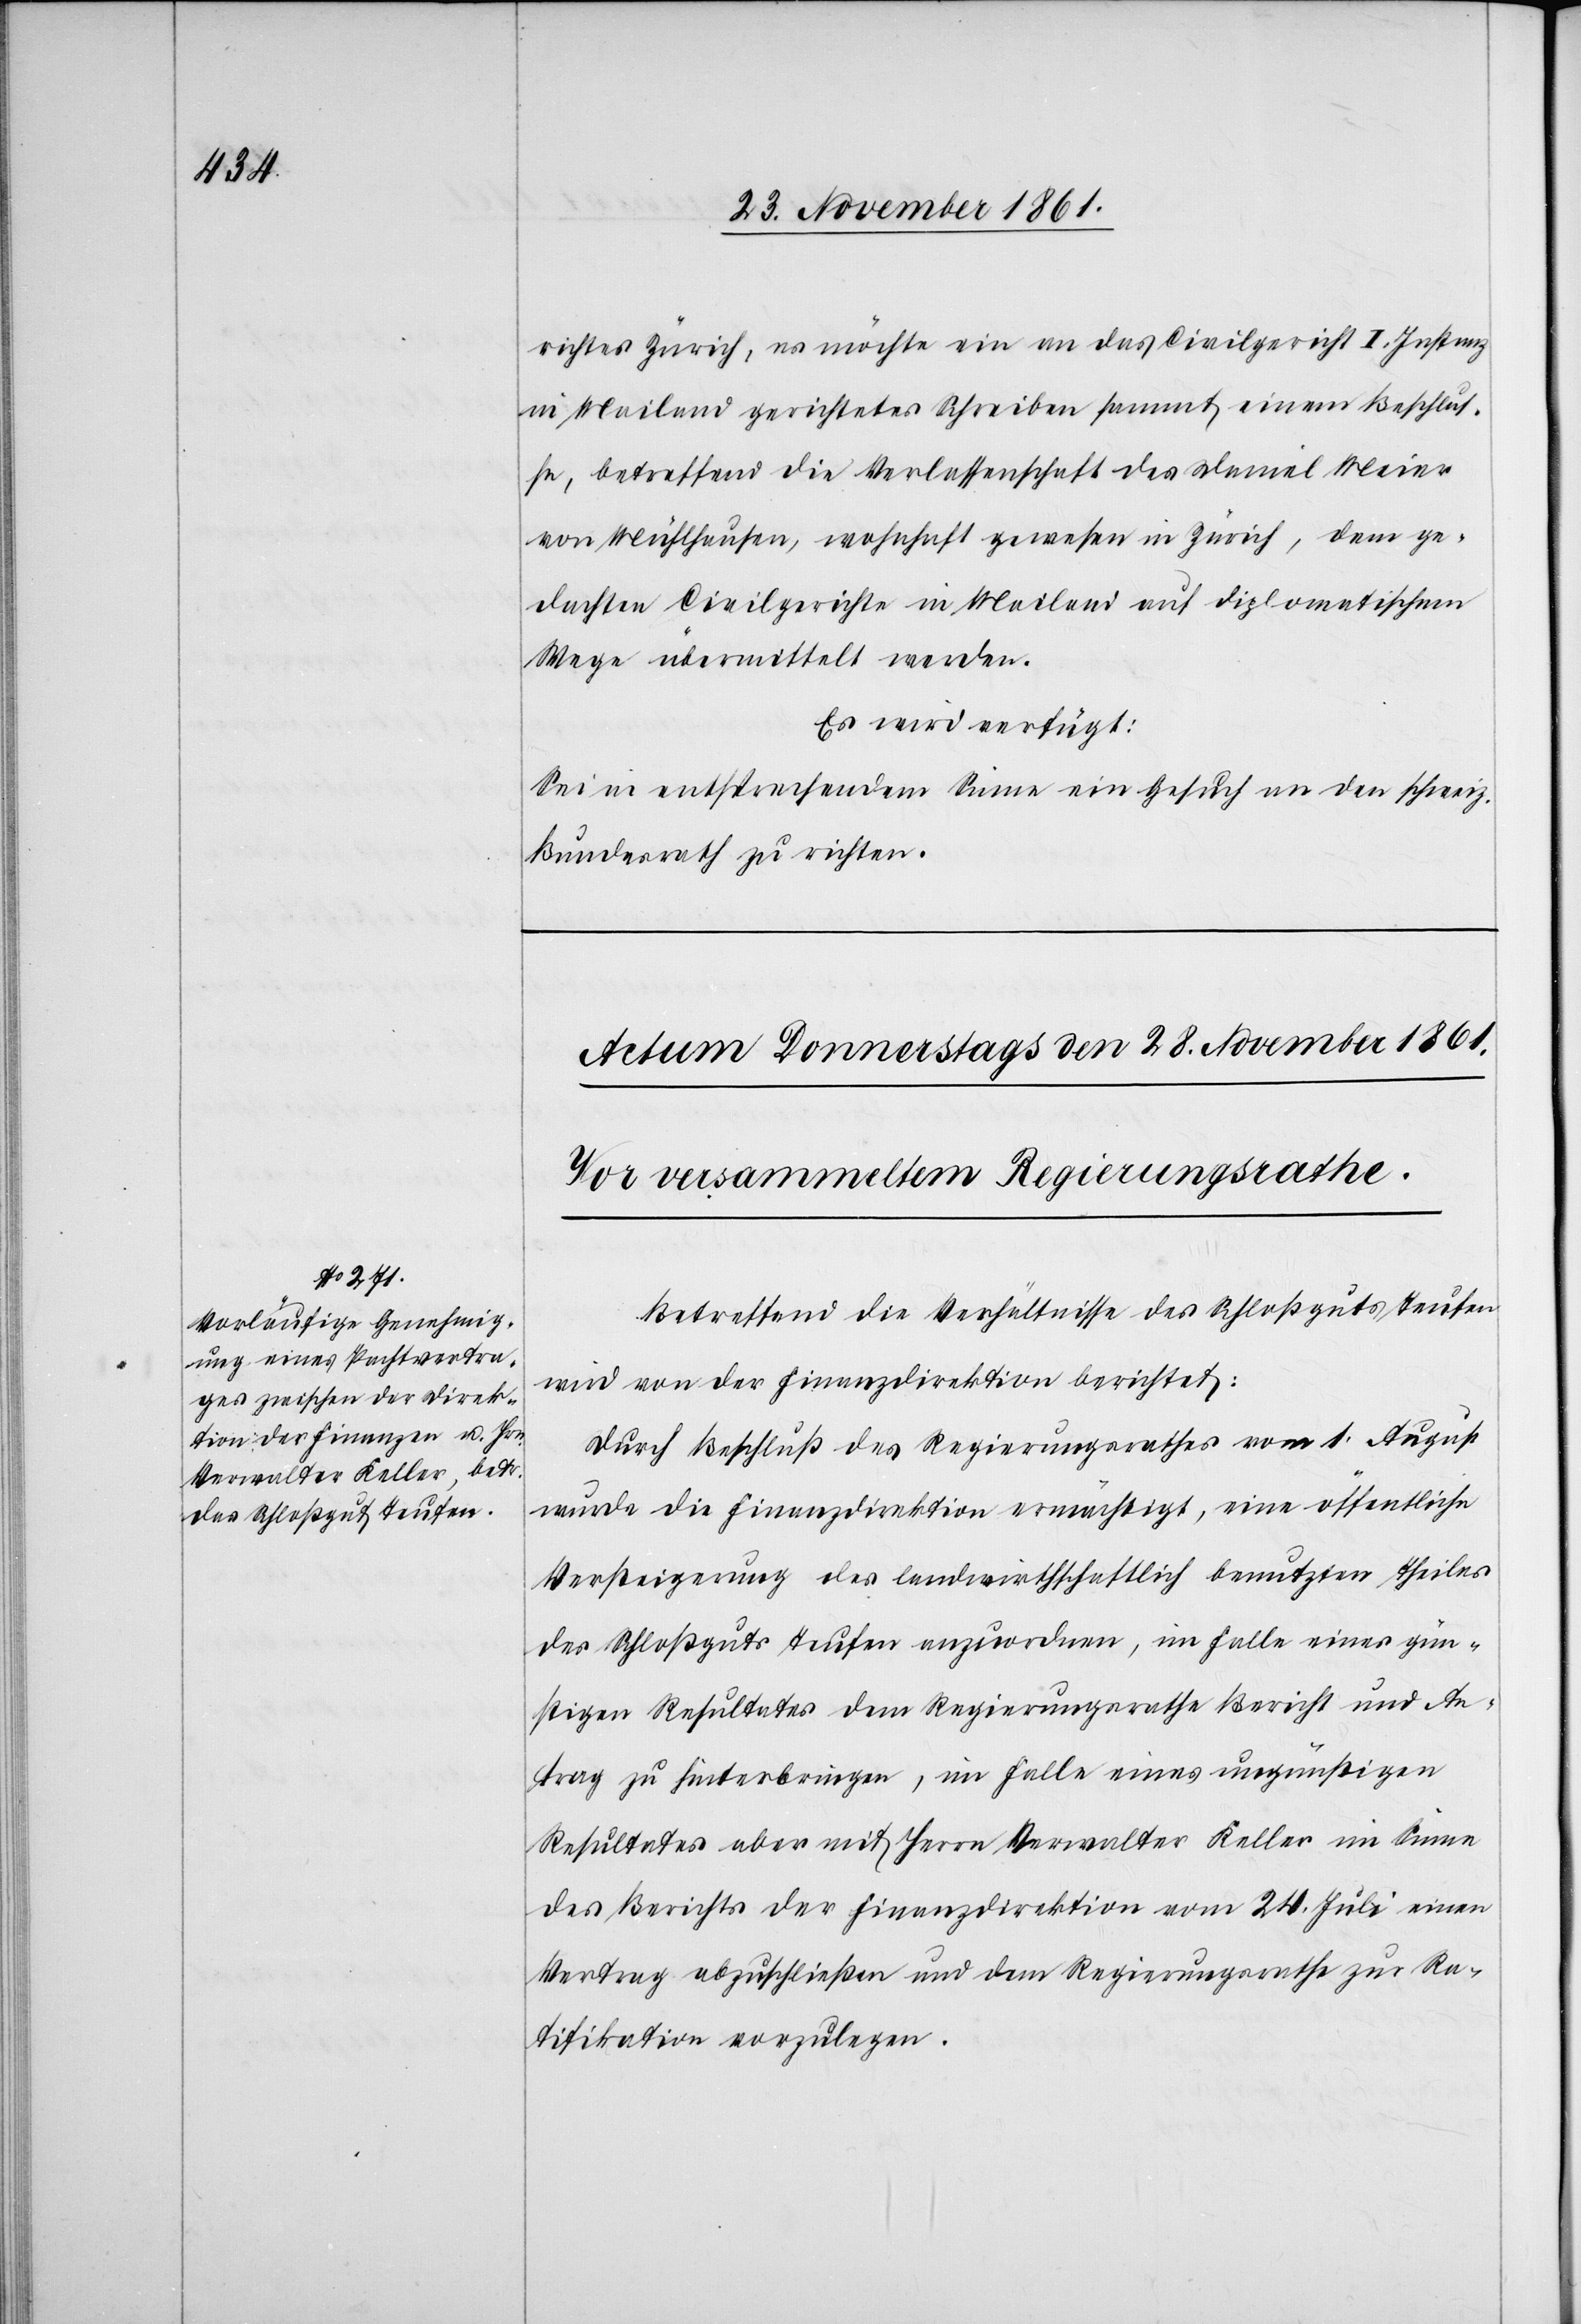
richtes Zürich, es möchte ein an das Civilgericht I. Instanz
in Mailand gerichtetes Schreiben sammt einem Beschlus¬
se, betreffend die Verlassenschaft des Daniel Meier
von Mühlhausen, wohnhaft gewesen in Zürich, dem ge¬
dachten Civilgerichte in Mailand auf diplomatischem
Wege übermittelt werden.
Es wird verfügt:
Sei in entsprechendem Sinne ein Gesuch an den schweiz.
Bundesrath zu richten.
Betreffend die Verhältnisse des Schloßguts Teufen
wird von der Finanzdirektion berichtet:
Durch Beschluß des Regierungsrathes vom 1 August
wurde die Finanzdirektion ermächtigt, eine öffentliche
Versteigerung des landwirthschaftlich benutzten Theiles
des Schloßguts Teufen anzuordnen, im Falle eines gün¬
stigen Resultates dem Regierungsrathe Bericht und An¬
trag zu hinterbringen, im Falle eines ungünstigen
Resultates aber mit Herrn Verwalter Keller im Sinne
des Berichts der Finanzdirektion vom 24 Juli einen
Vertrag abzuschließen und dem Regierungsrathe zur Ra¬
tifikation vorzulegen.